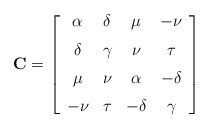
\begin{align*}\bold{C} = \left[ \begin {array}{cccc} \alpha&\delta&\mu&-\nu\\ \noalign{\medskip}\delta&\gamma&\nu&\tau\\ \noalign{\medskip}\mu&\nu&\alpha&-\delta\\ \noalign{\medskip}-\nu&\tau&-\delta&\gamma\end {array} \right] \end{align*}